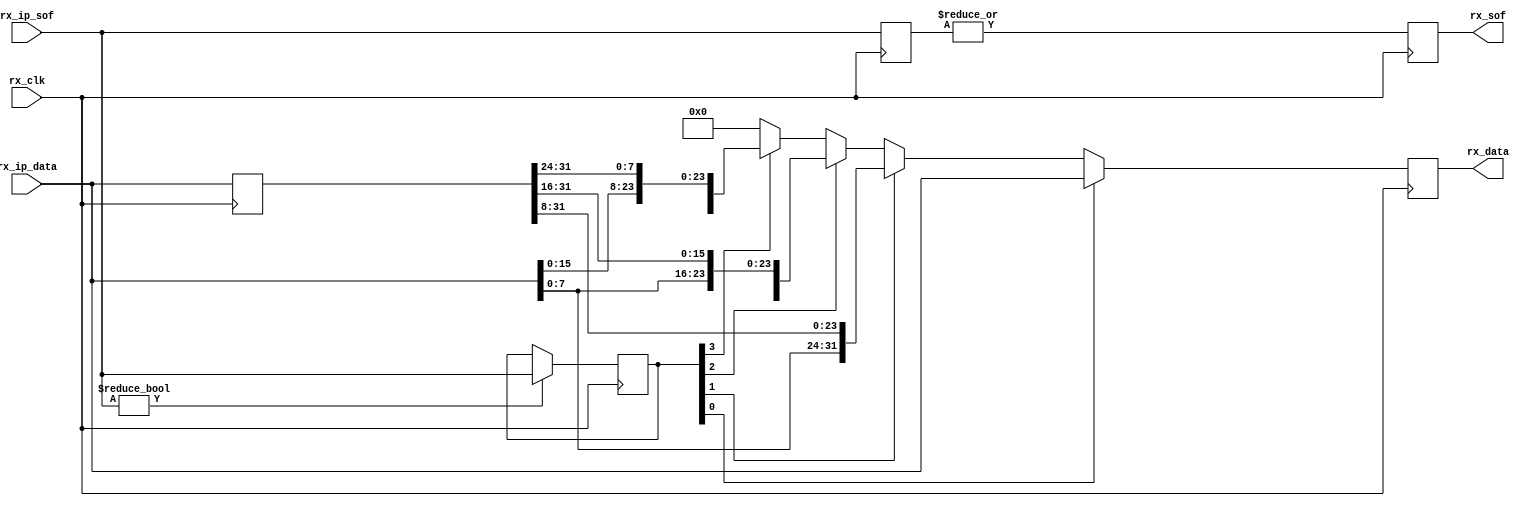
module ad_xcvr_rx_if (
  input                   rx_clk,
  input       [ 3:0]      rx_ip_sof,
  input       [31:0]      rx_ip_data,
  output  reg             rx_sof,
  output  reg [31:0]      rx_data);
  reg     [31:0]  rx_ip_data_d = 'd0;
  reg     [ 3:0]  rx_ip_sof_hold = 'd0;
  reg     [ 3:0]  rx_ip_sof_d = 'd0;
  always @(posedge rx_clk) begin
    rx_ip_data_d <= rx_ip_data;
    rx_ip_sof_d <= rx_ip_sof;
    if (rx_ip_sof != 4'h0) begin
      rx_ip_sof_hold <= rx_ip_sof;
    end
    rx_sof <= |rx_ip_sof_d;
    if (rx_ip_sof_hold[0] == 1'b1) begin
      rx_data <= rx_ip_data;
    end else if (rx_ip_sof_hold[1] == 1'b1) begin
      rx_data <= {rx_ip_data[ 7:0], rx_ip_data_d[31: 8]};
    end else if (rx_ip_sof_hold[2] == 1'b1) begin
      rx_data <= {rx_ip_data[15:0], rx_ip_data_d[31:16]};
    end else if (rx_ip_sof_hold[3] == 1'b1) begin
      rx_data <= {rx_ip_data[23:0], rx_ip_data_d[31:24]};
    end else begin
      rx_data <= 32'd0;
    end
  end
endmodule